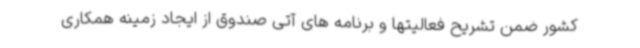
کشور ضمن تشریح فعالیتها و برنامه های آتی صندوق از ایجاد زمینه همکاری